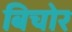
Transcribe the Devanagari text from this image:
बिचोर